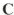
C